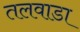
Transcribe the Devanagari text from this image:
तलवाडा